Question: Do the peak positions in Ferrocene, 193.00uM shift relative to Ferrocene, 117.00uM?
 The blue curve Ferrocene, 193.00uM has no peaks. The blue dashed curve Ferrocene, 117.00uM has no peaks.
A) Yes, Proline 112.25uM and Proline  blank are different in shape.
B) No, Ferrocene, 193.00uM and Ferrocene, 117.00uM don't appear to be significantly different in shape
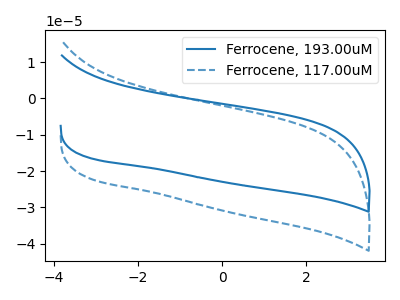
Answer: <think>Neither "Ferrocene, 193.00uM" or "Ferrocene, 117.00uM" have any peaks.
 </think>
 <answer>B) No, "Ferrocene, 193.00uM" and "Ferrocene, 117.00uM" don't appear to be significantly different in shape</answer>
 <eval>B</eval>